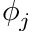
\phi _ { j }